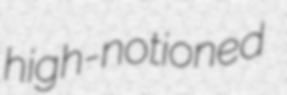
high-notioned